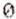
0